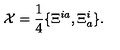
{ \cal X } = \frac { 1 } { 4 } \{ \Xi ^ { i a } , \Xi _ { a } ^ { i } \} .